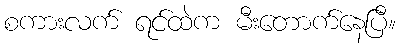
စကားလက် ရင်ထဲက မီးတောက်နေပြီ။